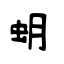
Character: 蚏